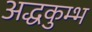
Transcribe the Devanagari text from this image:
अद्धकुम्भ